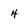
Character: 4